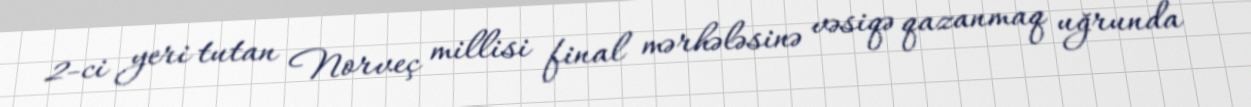
2-ci yeri tutan Norveç millisi final mərhələsinə vəsiqə qazanmaq uğrunda